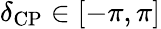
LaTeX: \delta_{\mathrm{CP}}\in[-\pi,\pi]